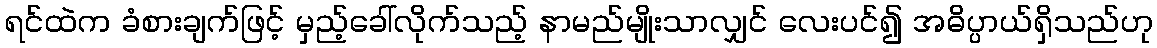
ရင်ထဲက ခံစားချက်ဖြင့် မှည့်ခေါ်လိုက်သည့် နာမည်မျိုးသာလျှင် လေးပင်၍ အဓိပ္ပာယ်ရှိသည်ဟု